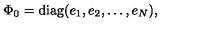
\Phi _ { 0 } = \mathrm { d i a g } ( e _ { 1 } , e _ { 2 } , \ldots , e _ { N } ) ,